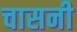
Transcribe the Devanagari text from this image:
चासनी